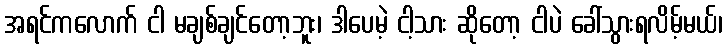
အရင်ကလောက် ငါ မချစ်ချင်တော့ဘူး၊ ဒါပေမဲ့ ငါ့သား ဆိုတော့ ငါပဲ ခေါ်သွားရလိမ့်မယ်၊